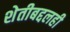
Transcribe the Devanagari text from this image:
शेतीबद्दलही